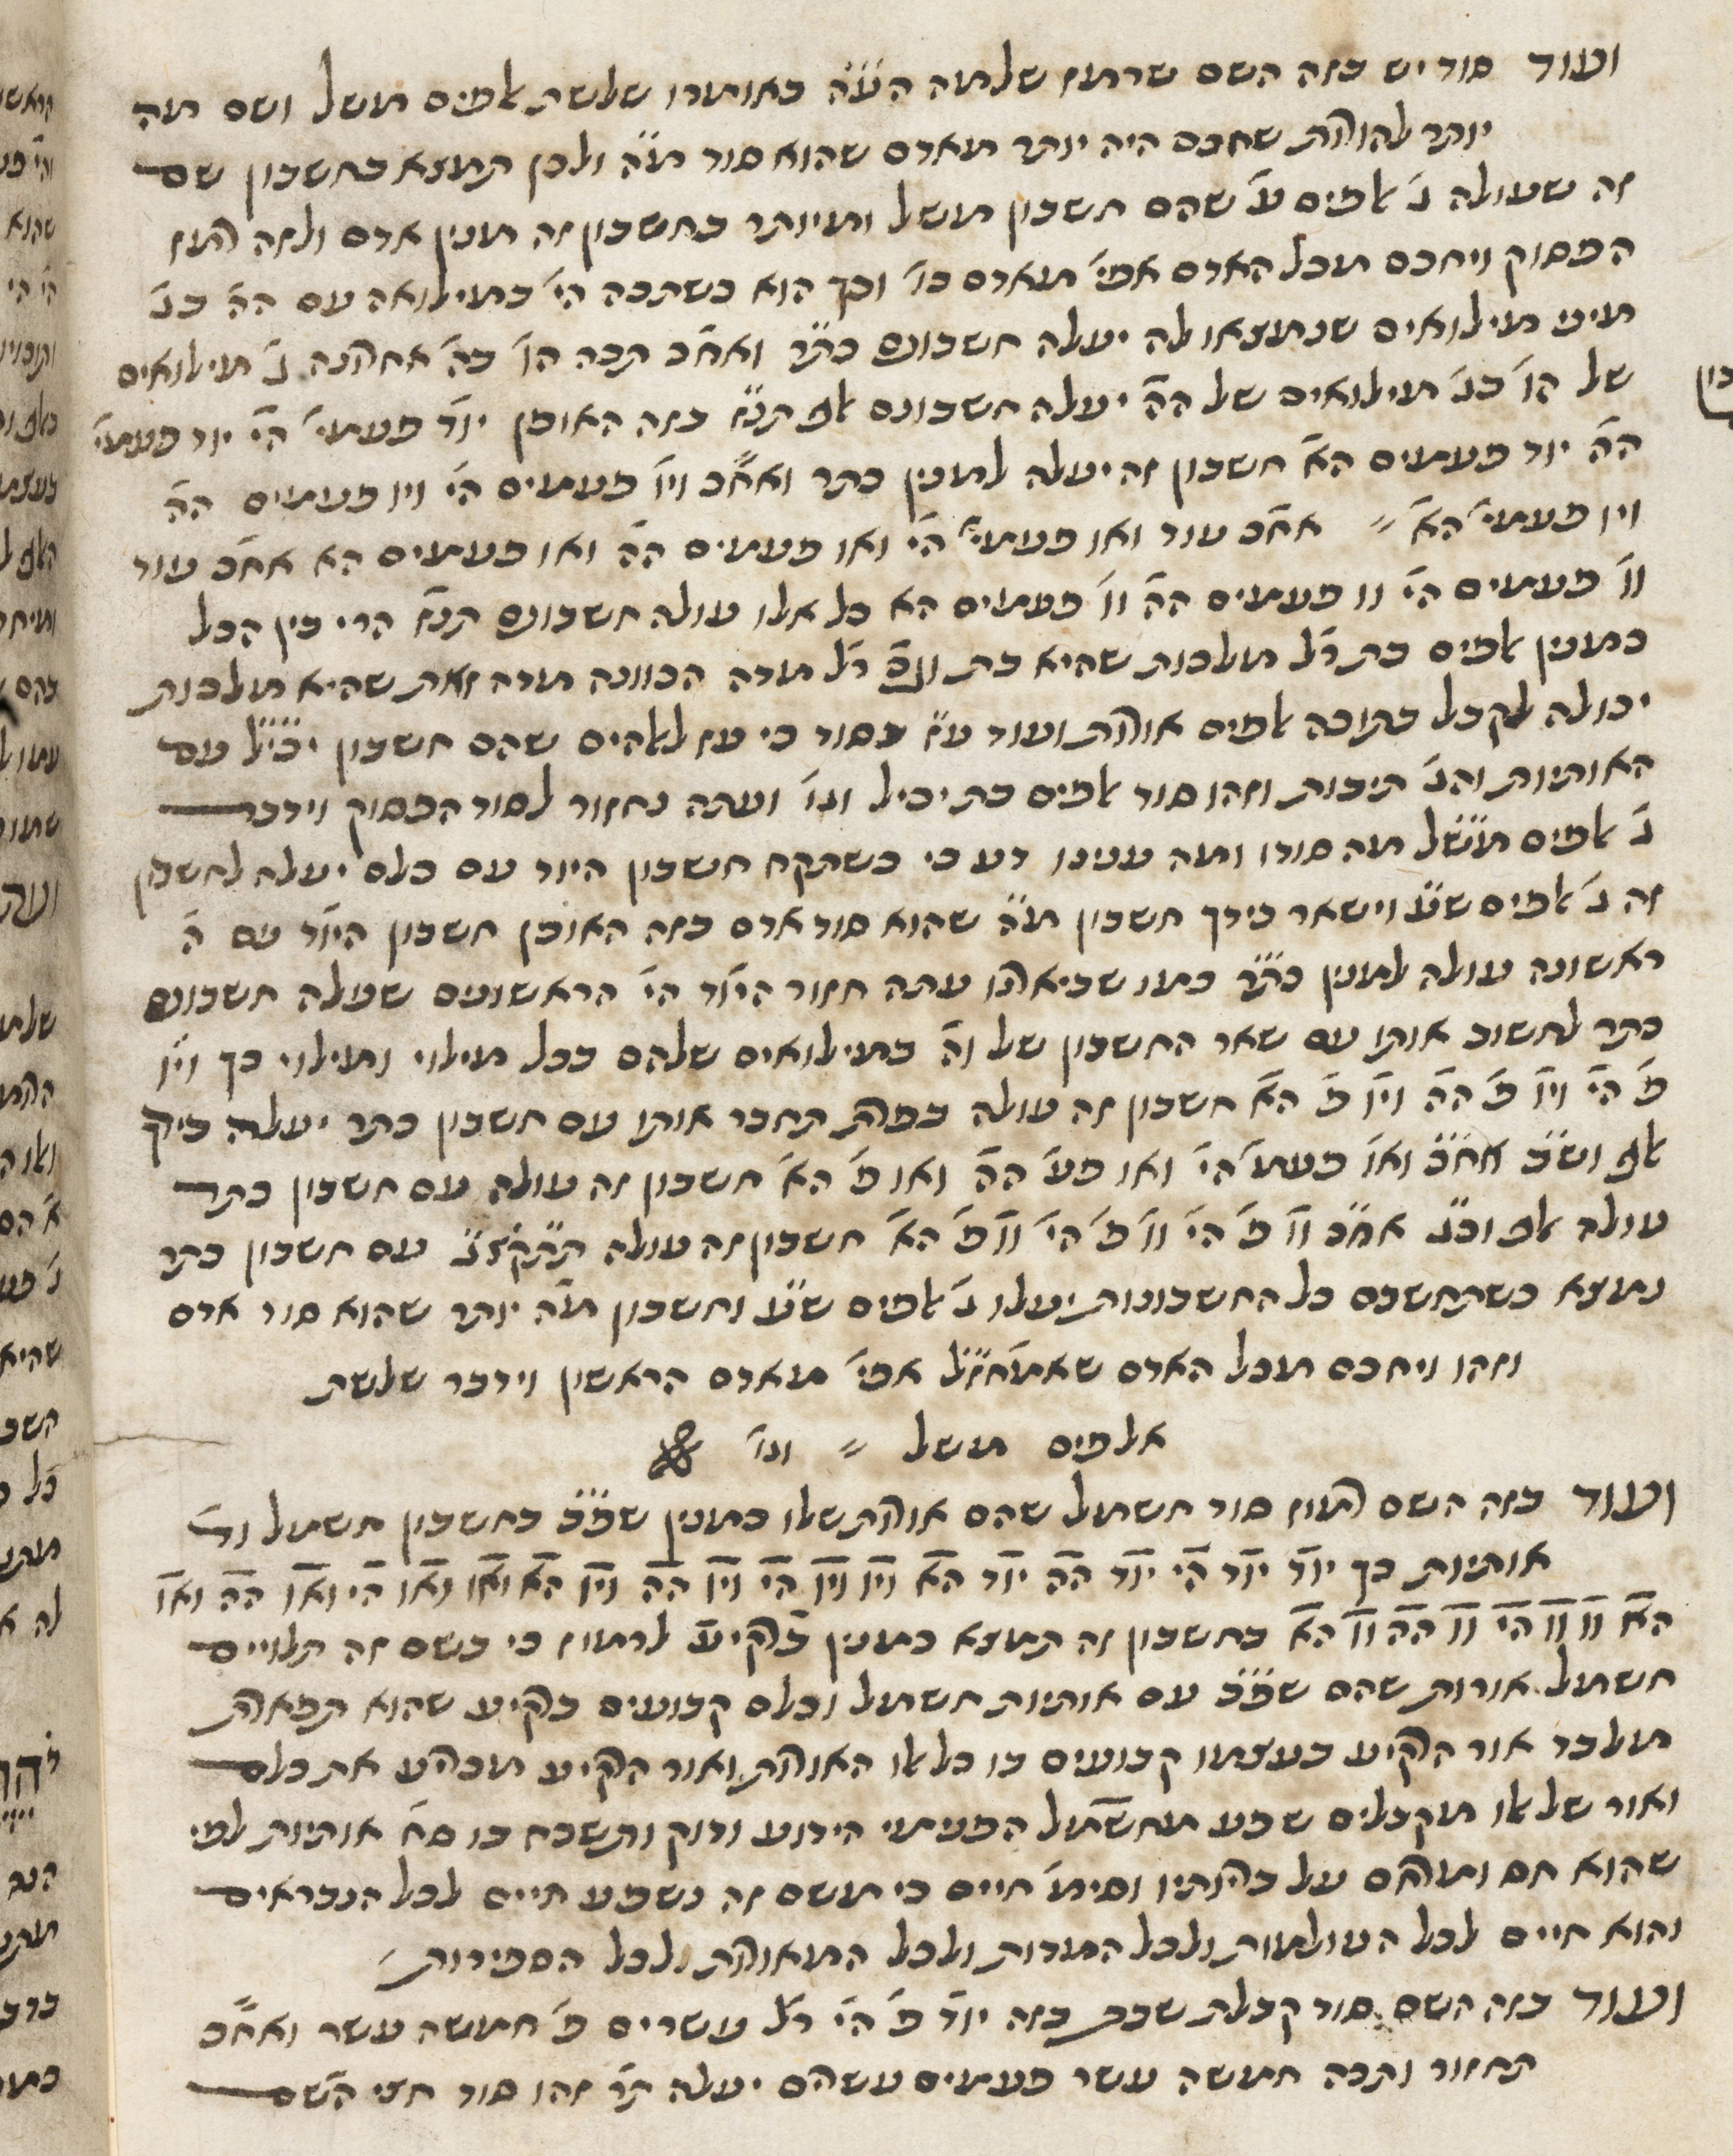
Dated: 1400–1799